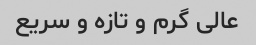
عالی گرم و تازه و سریع